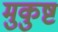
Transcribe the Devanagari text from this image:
मुकुष्ट